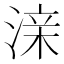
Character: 𰜜